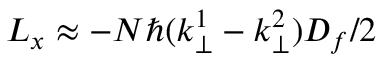
L _ { x } \approx - N \hbar ( k _ { \perp } ^ { 1 } - k _ { \perp } ^ { 2 } ) D _ { f } / 2